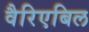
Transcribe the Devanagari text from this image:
वैरिएबिल